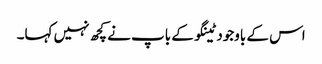
اس کے باوجود ٹینگو کے باپ نے کچھ نہیں کہا۔